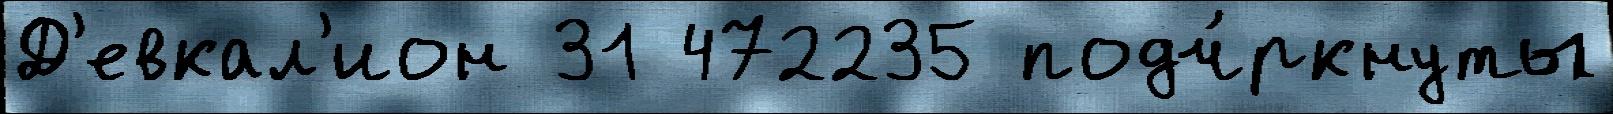
Д'евкал'ион 31 472235 подч́ркнуты